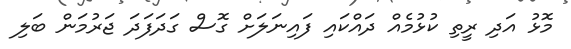
މޮޅު އަދި ރީތި ކުޅުމެއް ދައްކައި ފައިނަލަށް ގޮސް ގަދަފަދަ ޖަރުމަން ބަލި